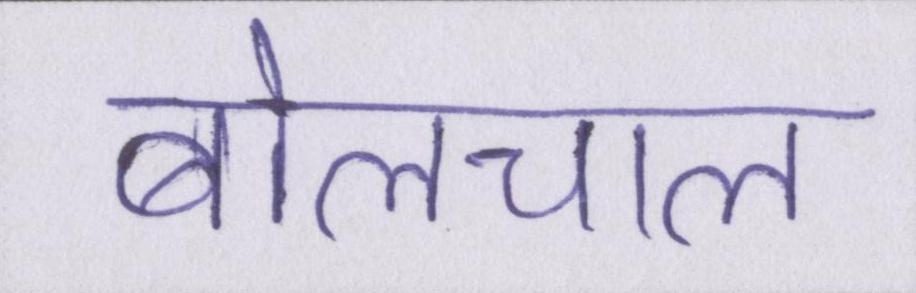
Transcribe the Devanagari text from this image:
बोलचाल